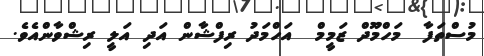
މުސްތަފާ  މަހްމޫދް ޒަމީމް  އަހްމަދު ރިފްޝާން އަދި އަލީ ރިޝްވާންއެވެ.